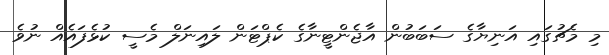
މި މެޗުގައި އަނިޔާގެ ސަބަބުން އާޖެންޓީނާގެ ކެޕްޓަން ލައިނަލް މެސީ ކުޅެފައެއް ނުވެ